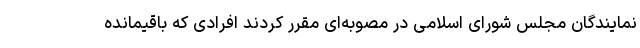
نمایندگان مجلس شورای اسلامی در مصوبه‌ای مقرر کردند افرادی که باقیمانده